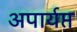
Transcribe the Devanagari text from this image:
अपार्यप्त